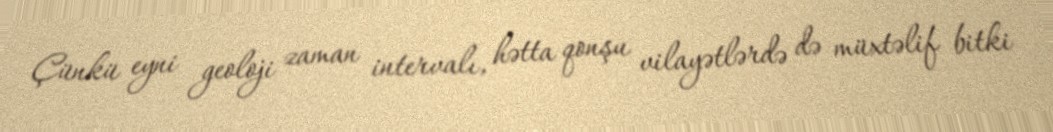
Çünkü eyni geoloji zaman intervalı, hətta qonşu vilayətlərdə də müxtəlif bitki